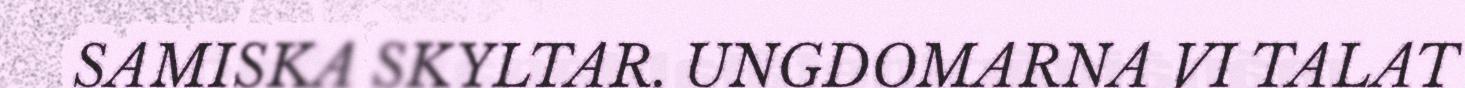
SAMISKA SKYLTAR. UNGDOMARNA VI TALAT